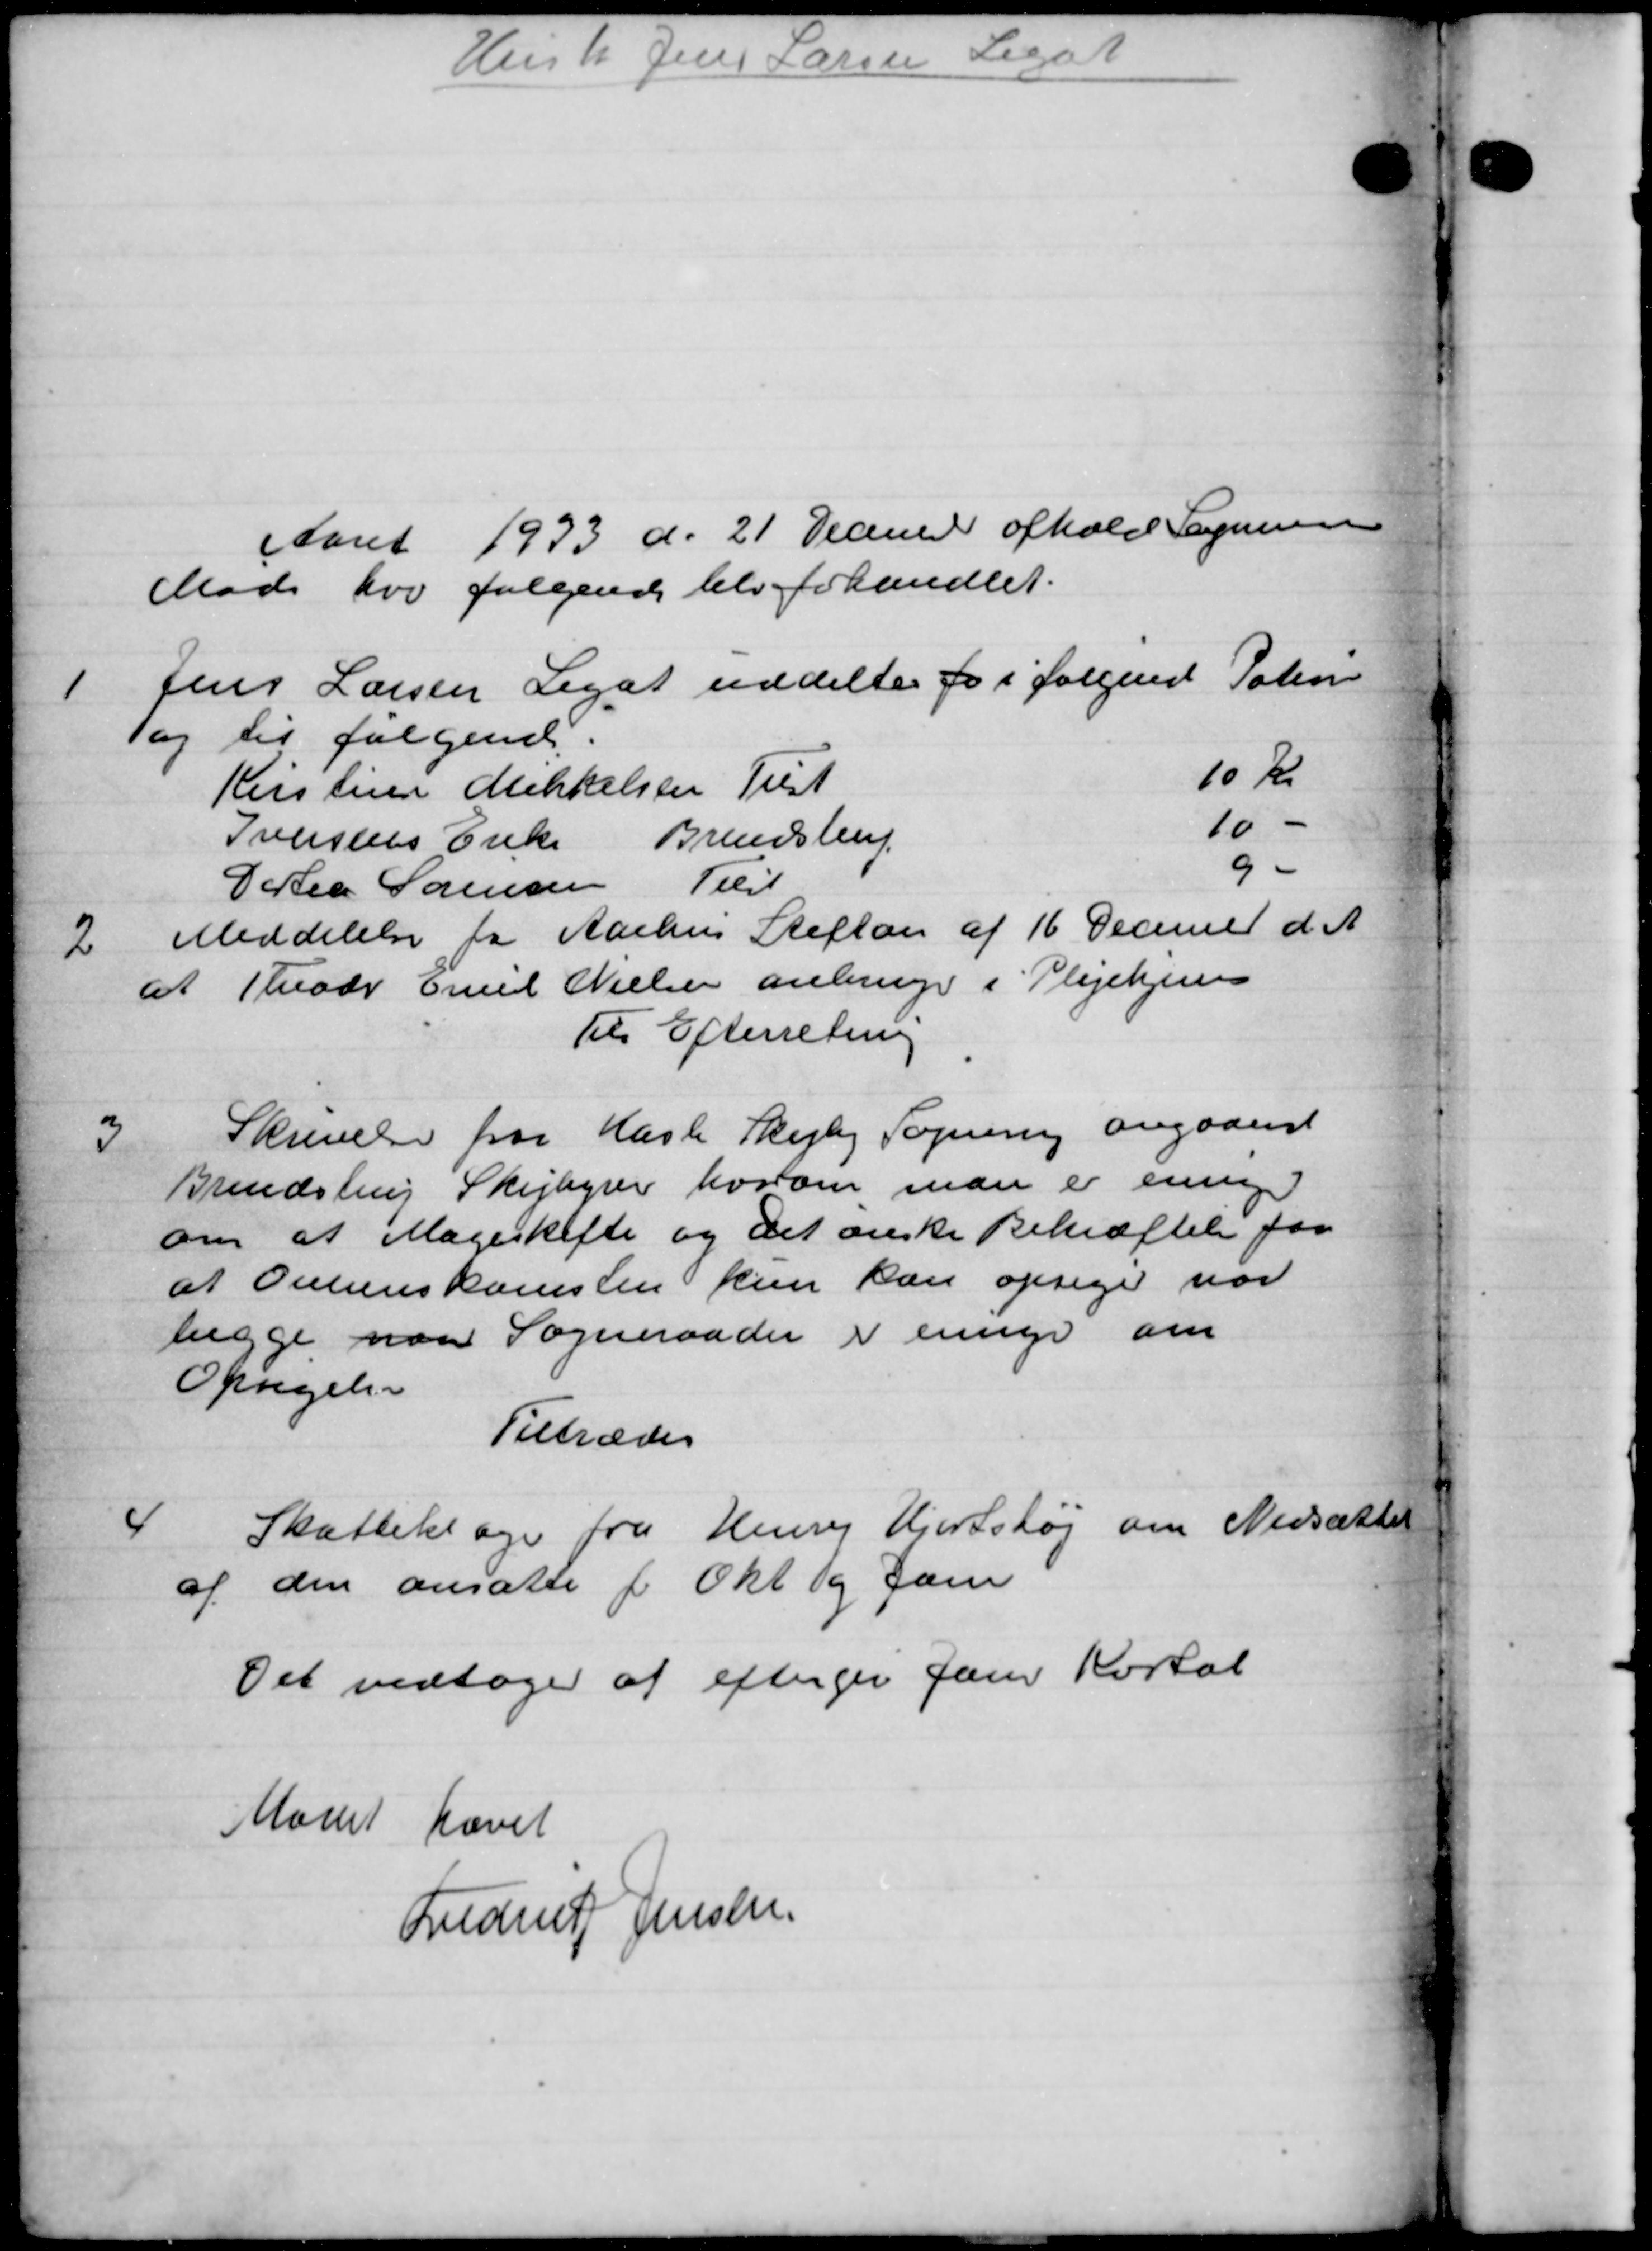
Transskription:
Husk Jens Larsen Legat
Aaret 1933 d. 21 Decemer afhold Sogneraad
Møde hos følgende belv forhandlet.
1
Jens Larsen Legat uddeltes for i Jørgende Pation
Tag til følgende.
Kirstine Mikkelsen Tilst 10 Kr.
Iversens Enke Brendstrup 10 -
Cartea Sørensen Tilst 9-
2
Meddelelse for Aarhus Stiften af 16 December d. A.
at Theodr Emil Nielsen anbringer i Plejehjem
Til Efterretning
3
Skrivelse paa Hasle Skejby Sogneraad angaaende
Brendstrup Skejbyrer hvorom man er ening
om at Mageskifte og det ønske Bekræftelse paa
at Overenskomsten kun kan opsiger vor
begge paa Sogneraadet er enge om
Opsigelse
Tiltræder
4
Skatteklage fra Henry Hjortshøj om Nedsættel
af den ansatte f Okt 19 Janu
Det vedtoges at eftergive Jan Kartal
Mødet hævet
Frederik Jensen